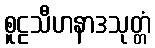
စူဠသီဟနာဒသုတ္တံ